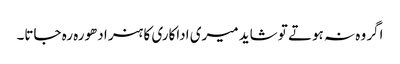
اگر وہ نہ ہوتے تو شاید میری اداکاری کا ہنر ادھورہ رہ جاتا۔